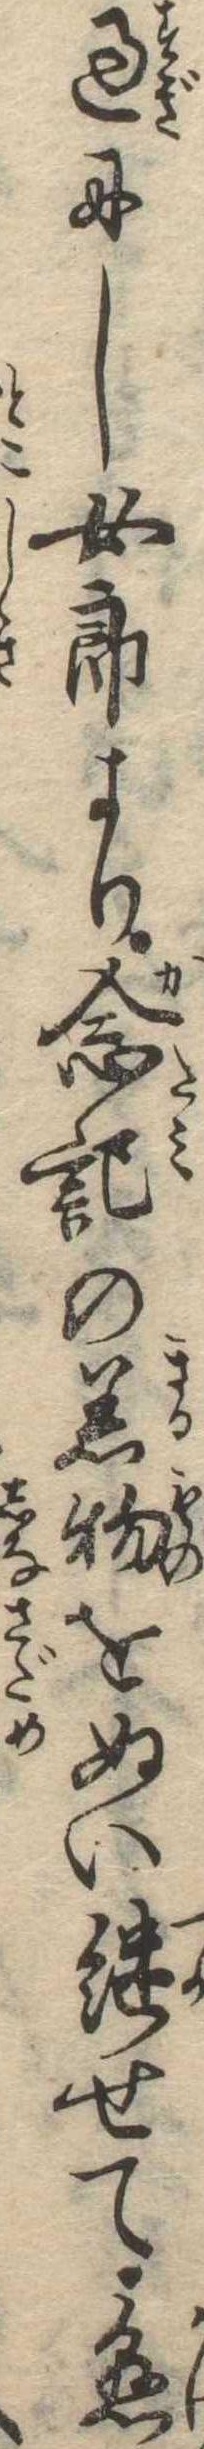
過にし女郎より念記の着物をぬい継せて懸